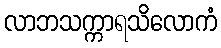
လာဘသက္ကာရသိလောကံ